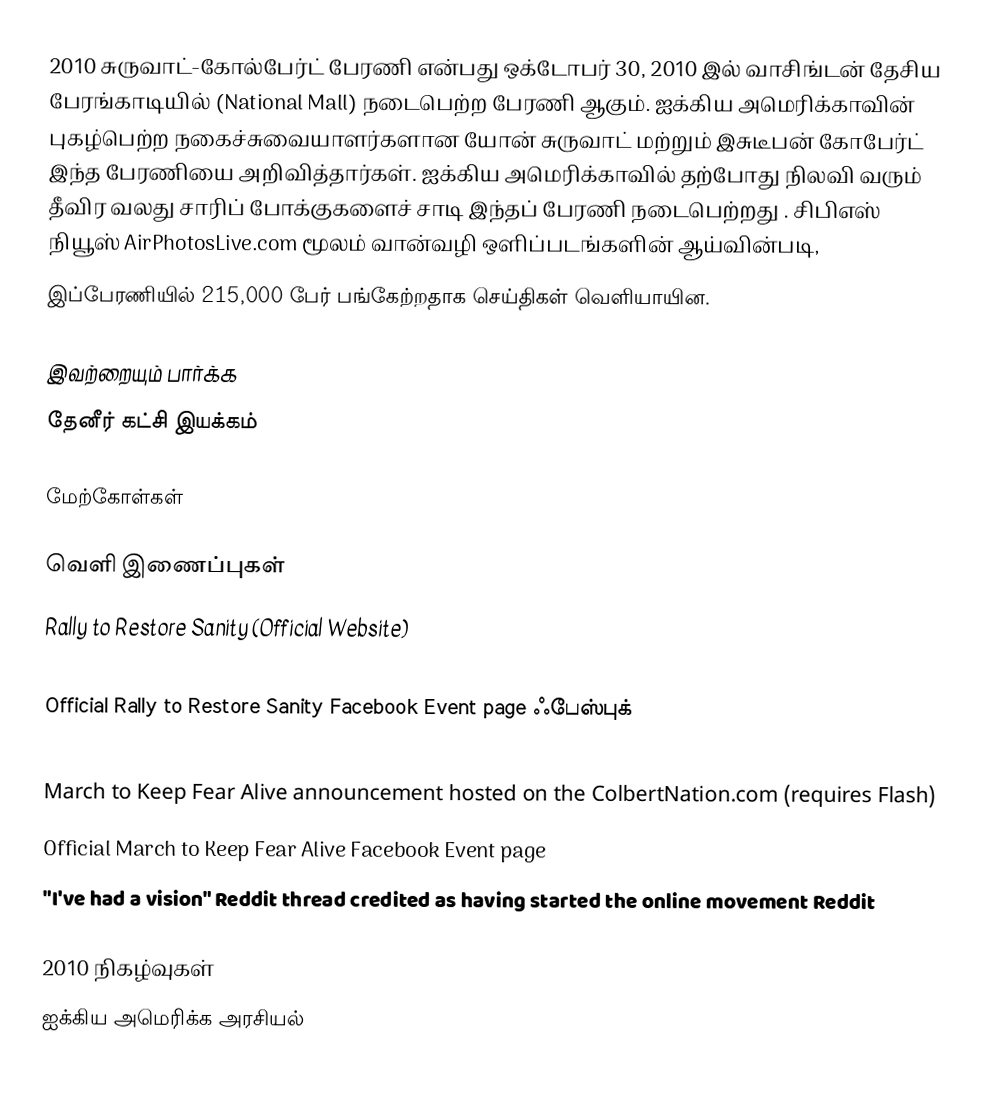
2010 சுருவாட்-கோல்பேர்ட் பேரணி என்பது ஒக்டோபர் 30, 2010 இல் வாசிங்டன் தேசிய பேரங்காடியில் (National Mall) நடைபெற்ற பேரணி ஆகும். ஐக்கிய அமெரிக்காவின் புகழ்பெற்ற நகைச்சுவையாளர்களான யோன் சுருவாட் மற்றும் இசுடீபன் கோபேர்ட் இந்த பேரணியை அறிவித்தார்கள். ஐக்கிய அமெரிக்காவில் தற்போது நிலவி வரும் தீவிர வலது சாரிப் போக்குகளைச் சாடி இந்தப் பேரணி நடைபெற்றது . சிபிஎஸ் நியூஸ் AirPhotosLive.com மூலம் வான்வழி ஒளிப்படங்களின் ஆய்வின்படி,
இப்பேரணியில் 215,000 பேர் பங்கேற்றதாக செய்திகள் வெளியாயின.

இவற்றையும் பார்க்க
 தேனீர் கட்சி இயக்கம்

மேற்கோள்கள்

வெளி இணைப்புகள்
 Rally to Restore Sanity (Official Website)
 Rally to Restore Sanity announcement on the hosted on DailyShow.com (requires Flash)
 Official Rally to Restore Sanity Facebook Event page ஃபேஸ்புக்
 March to Keep Fear Alive (Official Website)
 March to Keep Fear Alive announcement hosted on the ColbertNation.com (requires Flash)
 Official March to Keep Fear Alive Facebook Event page
 "I've had a vision" Reddit thread credited as having started the online movement Reddit

2010 நிகழ்வுகள்
ஐக்கிய அமெரிக்க அரசியல்